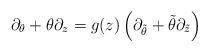
LaTeX: \begin{align*}\partial_\theta + \theta\partial_z = g(z) \left(\partial_{\tilde{\theta}} + \tilde{\theta} \partial_{\tilde{z}}\right)\end{align*}